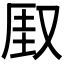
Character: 𫨾